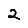
Digit: 2